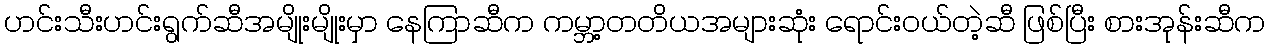
ဟင်းသီးဟင်းရွက်ဆီအမျိုးမျိုးမှာ နေကြာဆီက ကမ္ဘာ့တတိယအများဆုံး ရောင်းဝယ်တဲ့ဆီ ဖြစ်ပြီး စားအုန်းဆီက